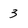
Character: 3